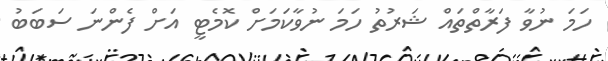
ހަމަ ނުވާ ފަރާތްތައް ޝަރުތު ހަމަ ނުވާކަމަށް ކޮމެޓީ އަށް ފެންނަ ސަބަބު